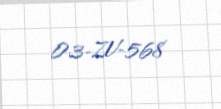
03-ZV-568